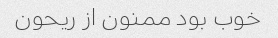
خوب بود ممنون از ریحون